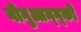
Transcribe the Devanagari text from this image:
नीगुआन्ग्को